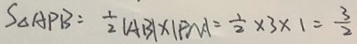
S _ { \Delta A P B } = \frac { 1 } { 2 } \vert A B \vert \times \vert P M \vert = \frac { 1 } { 2 } \times 3 \times 1 = \frac { 3 } { 2 }